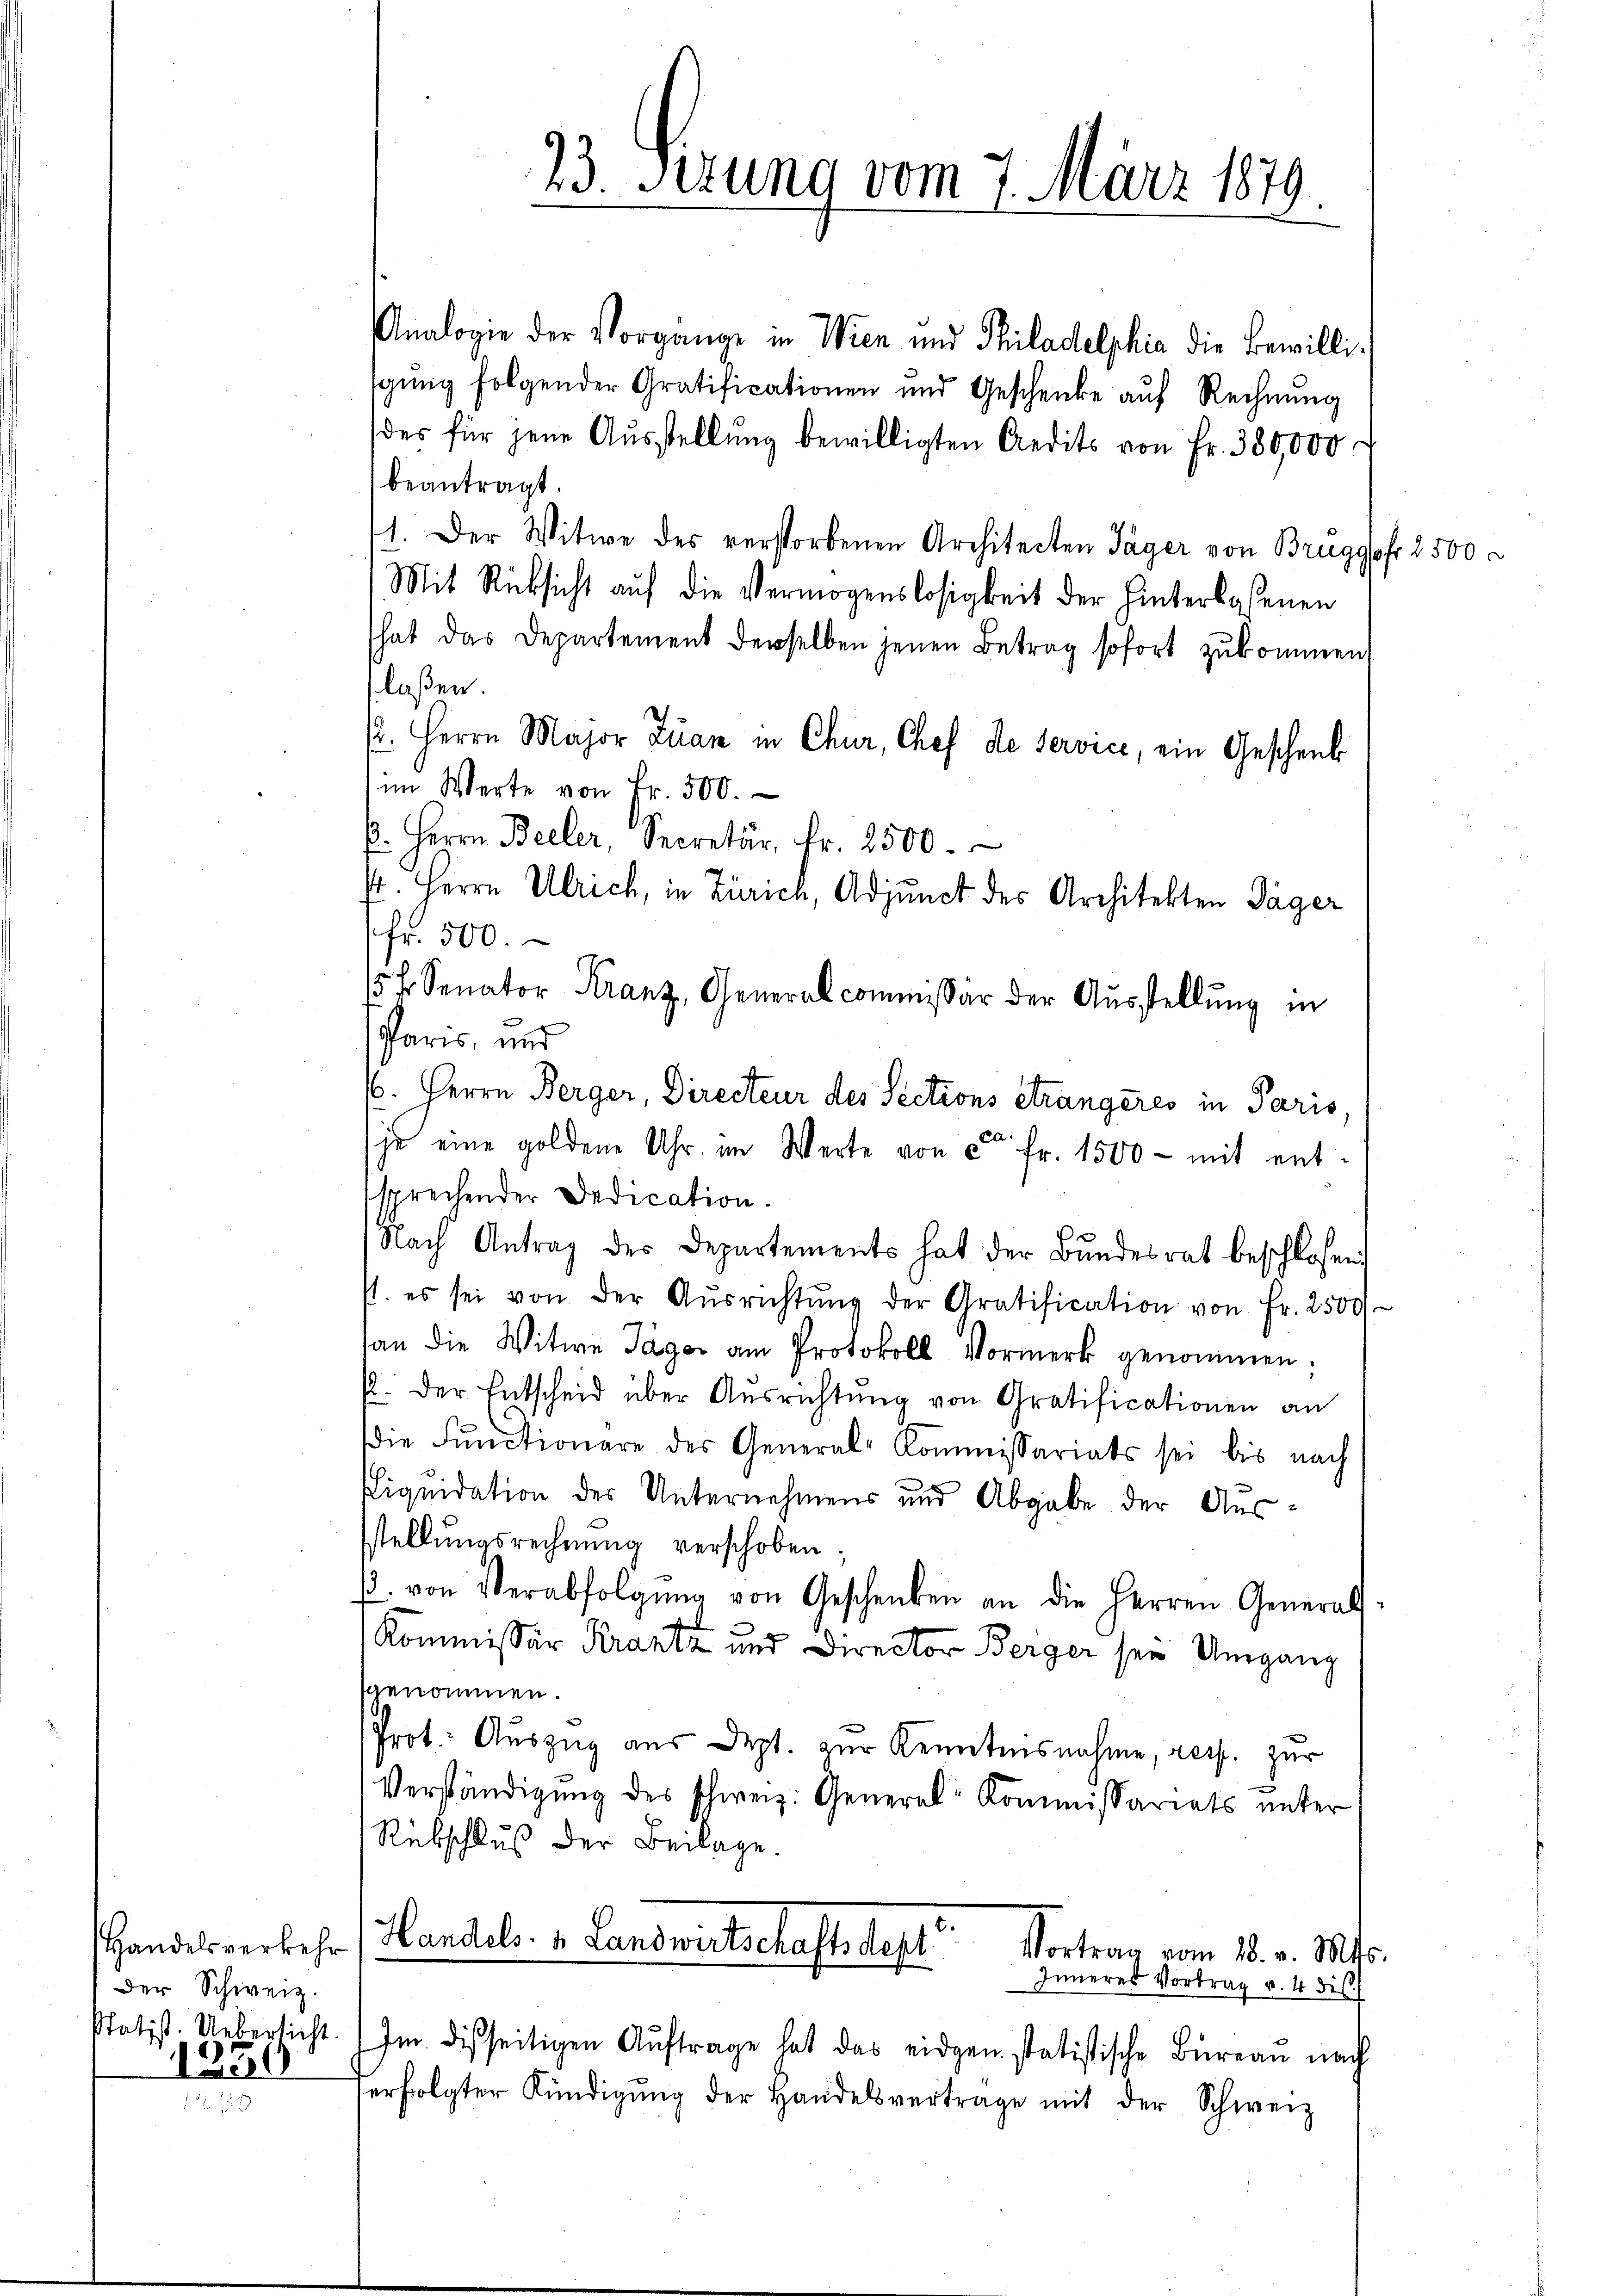
Der Schweiz.
Statist. Uebersicht.
1250

Analogie der Vorgange in Wien und Philadelphia die Bewilligŭng folgender Gratificationen und Geschenke aŭf Rechnŭng
des für jene Aŭsstellŭng bewilligten Aedits von Fr. 380,000
beantragt.
1. Der Witwe des verstorbenen Architecten Jäger von Bruggofr 2500
Mit Rücksicht auf die Vermögenslosigkeit der hinterlassenen
hat das Departement derselben jenen Betrag sofort zukommen,
laßen
/2. Herrn Major Juan in Chur, Chef de service, ein Geschenk
im Werte von Fr. 500.
k. Herrn Beller, Secretär, fr. 2500.
st. Herrn Ulrich, in Zürich, Adjunct des Architekten Täger
fr. 500.
15fr. Senator Kranz, Generalcommissär der Aŭsstellung in
Paris, und
6. Herrn Berger, Directeur des Sections étrangeres in Paris,
je eine goldene Uhr im Werte von ca Fr. 1500 - mit ent
sprechender Dedication.
Nach Antrag des Departements hat der Bŭndesrat beschlossen
1. es sei von der Aŭsrichtŭng der Gratification von Fr. 2500
an die Witwe Jäger am Protokoll Vormerk genommen;
2. Der Entscheid über Ausrichtung von Gratificationen an
die Functionare des General-Commissariats sei bis nach
Liqŭidation der Unternehmens und Abgabe der Aŭs-
stellungsrechnung verschoben;
3. von Verabfolgŭng von Geschenken an die Herren General-
e
.
Kommissär Krantz und Director Berger sein Umgang
genommen.
Prot. Auszug aus Dept. zur Kenntnisnahme, resp. zur
Verständigŭng des schweiz. General-Kommissariats unter
Rebschluß der Beilage.
Handelsverkehr 1 Handels. v. Landwirtschaftsdept
Vortrag vom 28. v. Mts.
Inneres Vortrag u. 4 dis
Im disseitigen Aŭftrage hat das eidgen statistische Büreau nach
erfolgter Kündigŭng der Handelsvertrage mit der Schweiz

23. Serung vom 7. März 1879.